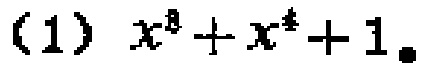
（1）\(x^{8}+x^{4}+1\)